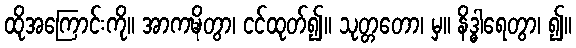
ထိုအကြောင်းကို။ အာကဍ္ဎိတွာ၊ ငင်ထုတ်၍။ သုတ္တတော၊ မှ။ နိဒ္ဓါရေတွာ၊ ၍။